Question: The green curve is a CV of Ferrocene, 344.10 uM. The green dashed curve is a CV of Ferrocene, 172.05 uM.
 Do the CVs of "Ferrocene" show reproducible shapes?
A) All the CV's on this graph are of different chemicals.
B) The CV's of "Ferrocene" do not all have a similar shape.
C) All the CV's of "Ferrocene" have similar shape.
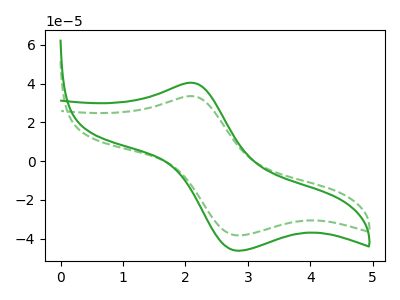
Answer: <think>The green curve "Ferrocene, 344.10 uM" has an anodic peak at (2.10V, 40.50uA) and a cathodic peak at (2.85V, -46.30uA). The green dashed curve "Ferrocene, 172.05 uM" has an anodic peak at (2.10V, 33.60uA) and a cathodic peak at (2.85V, -38.40uA).
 All the peaks in "Ferrocene, 344.10 uM" have a peak in "Ferrocene, 172.05 uM" at the same potential. Every peak in "Ferrocene, 344.10 uM" is higher than every peak in "Ferrocene, 172.05 uM".</think>
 <answer>C) All the CV's of "Ferrocene" have similar shape.</answer>
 <eval>C</eval>